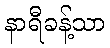
နာရီခန့်သာ